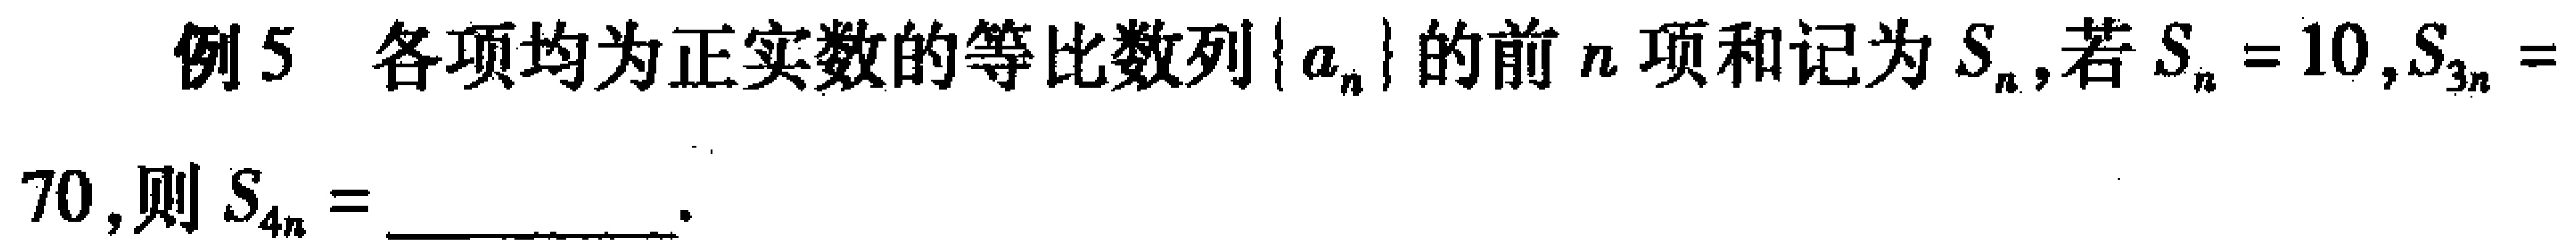
例5 各项均为正实数的等比数列\(\{a_{n}\}\)的前\(n\)项和记为\(S_{n}\),若\(S_{n}=10,S_{3n}=70\),则\(S_{4n}=\) __________ .